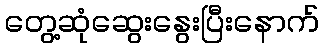
တွေ့ဆုံဆွေးနွေးပြီးနောက်